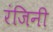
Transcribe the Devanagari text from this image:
रंजिनी